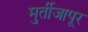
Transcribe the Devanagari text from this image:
मुर्तीजापूर